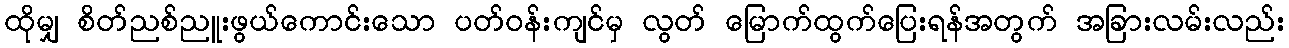
ထိုမျှ စိတ်ညစ်ညူးဖွယ်ကောင်းသော ပတ်ဝန်းကျင်မှ လွတ် မြောက်ထွက်ပြေးရန်အတွက် အခြားလမ်းလည်း